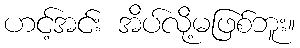
ဟင့်အင်း အိပ်လို့မဖြစ်ဘူး။